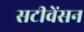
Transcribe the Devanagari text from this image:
सटीवेंसन